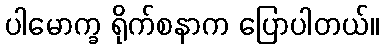
ပါမောက္ခ ရိုက်စနာက ပြောပါတယ်။